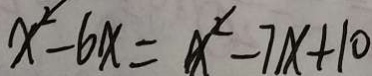
x ^ { 2 } - 6 x = x ^ { 2 } - 7 x + 1 0